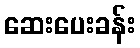
ဆေးပေးခန်း